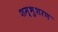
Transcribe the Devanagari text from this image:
शम्भुशरण